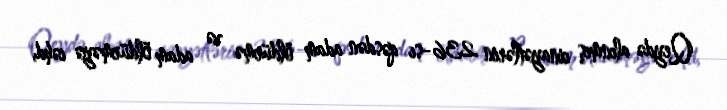
Qeydə alınmış cinayətlərin 236-sı qəsdən adam öldürmə və adam öldürməyə cəhd,